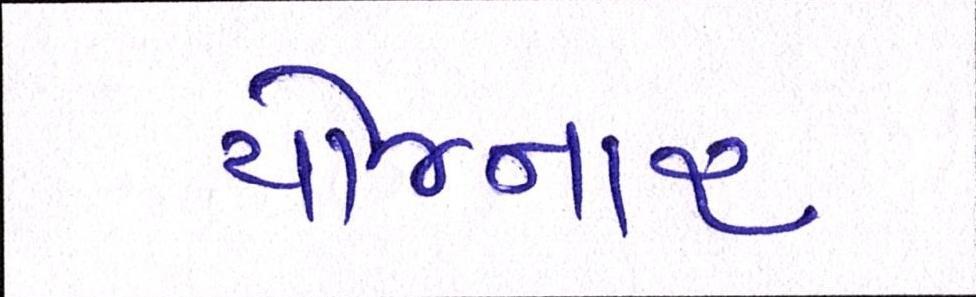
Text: યોજનાર